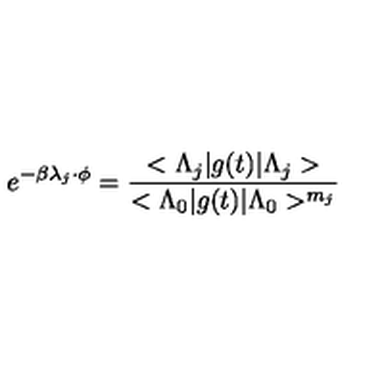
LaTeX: e ^ { - \beta \lambda _ { j } \cdot \phi } = \frac { < \Lambda _ { j } | g ( t ) | \Lambda _ { j } > } { < \Lambda _ { 0 } | g ( t ) | \Lambda _ { 0 } > ^ { m _ { j } } }